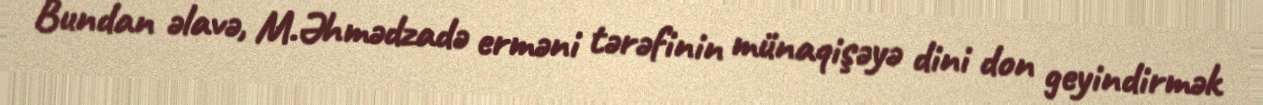
Bundan əlavə, M.Əhmədzadə erməni tərəfinin münaqişəyə dini don geyindirmək